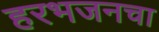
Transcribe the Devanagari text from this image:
हरभजनचा